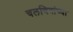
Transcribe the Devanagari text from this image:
चलचित्रांच्या